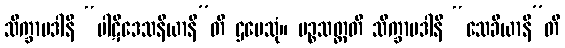
သိက္ခာပဒါနိ “ပါဋိဒေသနီယာနီ”တိ ဌပေသုံ။ ပဉ္စသတ္တတိ သိက္ခာပဒါနိ “သေခိယာနီ”တိ